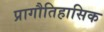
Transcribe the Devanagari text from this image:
प्रागौतिहासिक